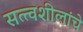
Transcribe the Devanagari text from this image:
सत्त्वशीलांचे